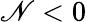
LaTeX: \mathscr{N}<0